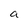
Character: a